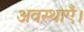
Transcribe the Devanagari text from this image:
अवस्थाएँ।